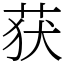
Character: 获